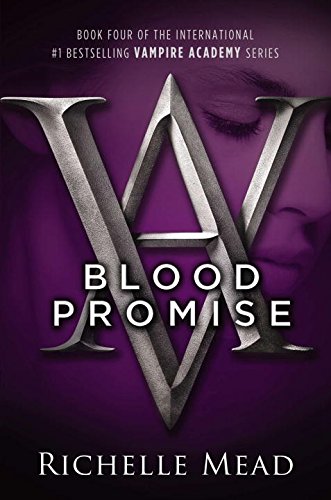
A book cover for Blood Promise (Vampire Academy, Book 4); Richelle Mead; Teen & Young Adult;